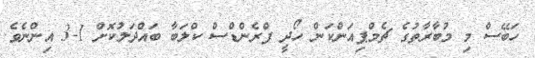
ހަބޭސް މި މުބާރާތުގެ ޗެމްޕިއަންކަން ހޯދީ ފްރެންޑްސް ކްލަބާ ބައްދަލުކޮށް 1-3 އިންނެވެ.